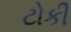
ટોકી